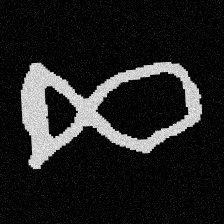
Pyu character \u2014 Myanmar letter: ဆ (romanized: cha)